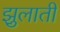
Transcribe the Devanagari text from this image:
झुलाती